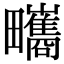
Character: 㽯